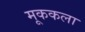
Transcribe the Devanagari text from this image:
मूककला